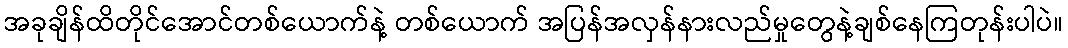
အခုချိန်ထိတိုင်အောင်တစ်ယောက်နဲ့ တစ်ယောက် အပြန်အလှန်နားလည်မှုတွေနဲ့ချစ်နေကြတုန်းပါပဲ။